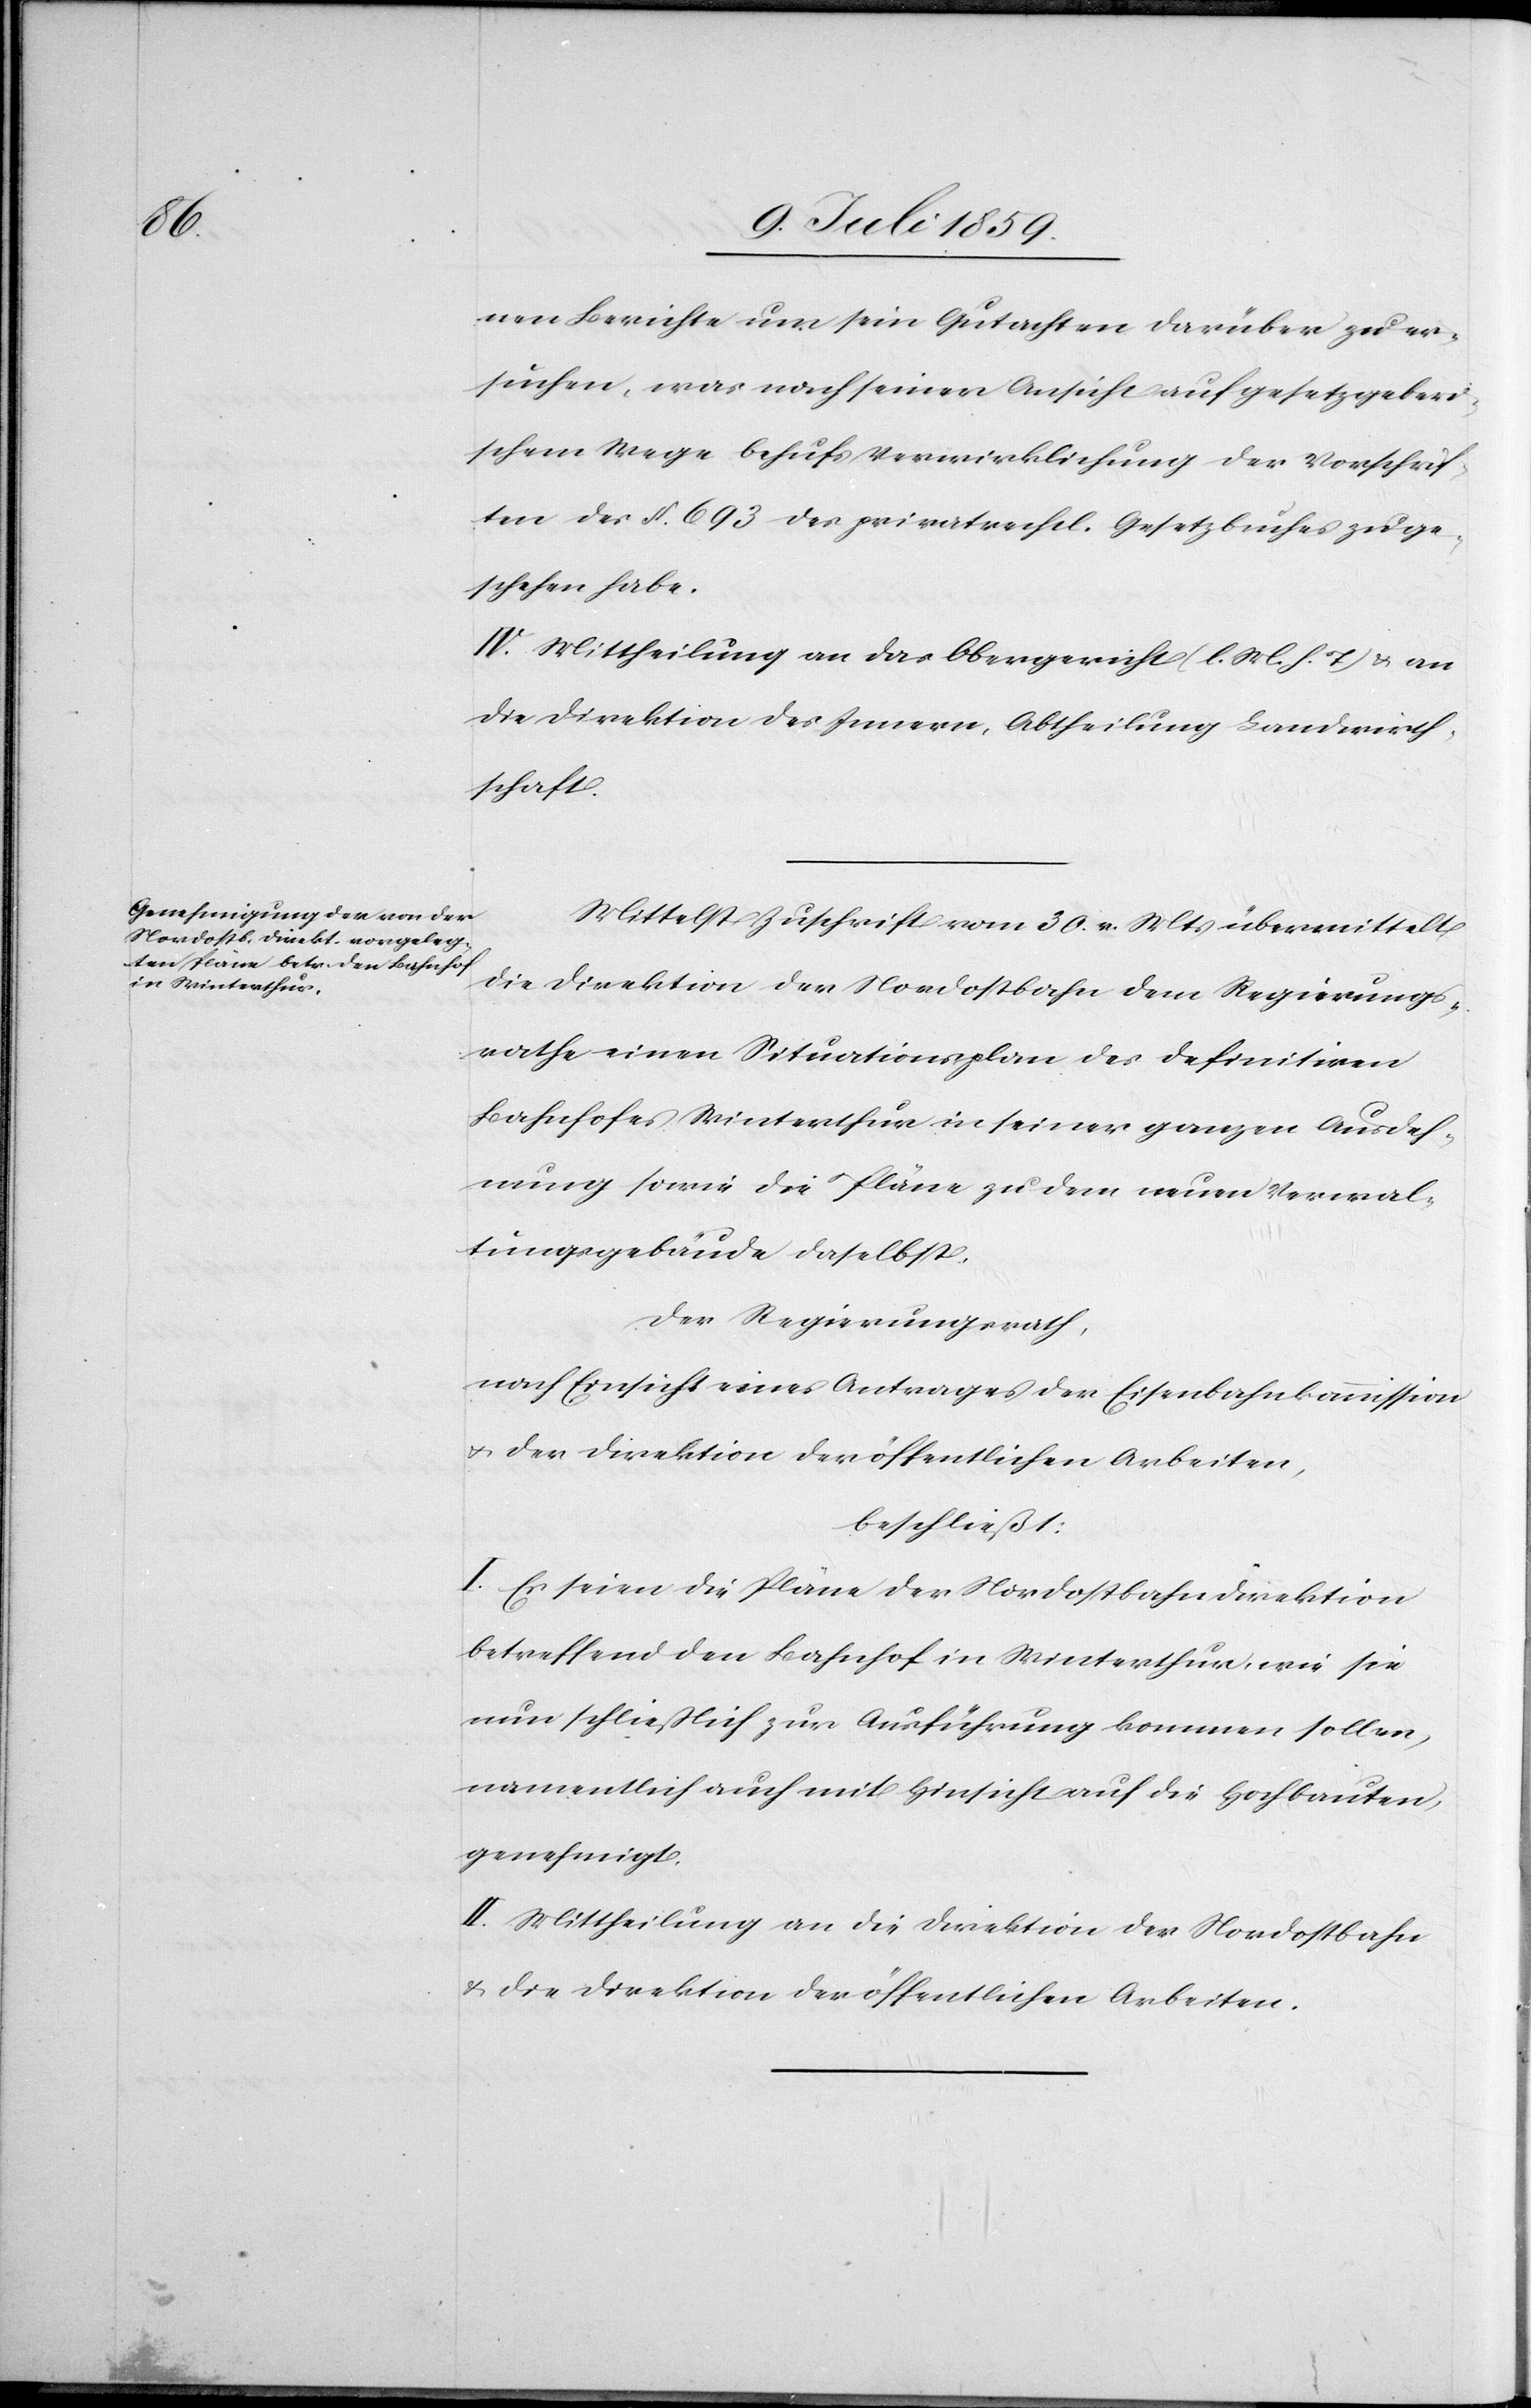
nen Berichte um sein Gutachten darüber zu er¬
suchen, was nach seiner Ansicht auf gesetzgeberi¬
schem Wege behufs Verwirklichung der Vorschrif¬
ten des § 693 der privatrechtl. Gesetzbuches zu ge¬
schehen habe.
IV. Mittheilung an das Obergericht (l. M. h. T.) u. an
die Direktion des Innern, Abtheilung Landwirth¬
schaft.
Mittelst Zuschrift vom 30. v. Mts. übermittelt
die Direktion der Nordostbahn dem Regierungs¬
rathe einen Situationsplan des definitiven
Bahnhofes Winterthur in seiner ganzen Ausdeh¬
nung sowie die Pläne zu dem neuen Verwal¬
tungsgebäude daselbst.
Der Regierungsrath,
nach Einsicht eines Antrages der Eisenbahnkommission
u. der Direktion der öffentlichen Arbeiten,
beschließt:
I. Es seien die Pläne der Nordostbahndirektion
betreffend den Bahnhof in Winterthur, wie sie
nun schließlich zur Ausführung kommen sollen,
namentlich auch mit Hinsicht auf die Hochbauten,
genehmigt.
II. Mittheilung an die Direktion der Nordostbahn
u. die Direktion der öffentlichen Arbeiten.